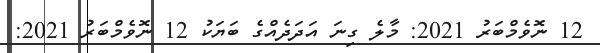
12 ނޮވެމްބަރު 2021: މާލެ ގިނަ އަދަދެއްގެ ބަޔަކު 12 ނޮވެމްބަރު 2021: